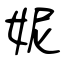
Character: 妮